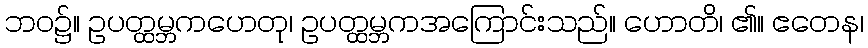
ဘဝ၌။ ဥပတ္ထမ္ဘကဟေတု၊ ဥပတ္ထမ္ဘကအကြောင်းသည်။ ဟောတိ၊ ၏။ ဧတေန၊